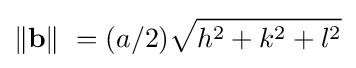
\|\mathbf {b} \|\ =(a/2){\sqrt {h^{2}+k^{2}+l^{2}}}